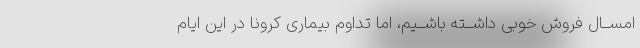
امســال فروش خوبى داشــته باشــیم، اما تداوم بیمارى کرونا در این ایام